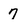
Character: 7